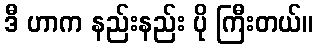
ဒီ ဟာက နည်းနည်း ပို ကြီးတယ်။